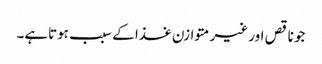
جو ناقص اور غیر متوازن غذا کے سبب ہوتاہے۔